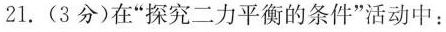
21.(3分)在“探究二力平衡的条件”活动中：